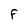
Character: F